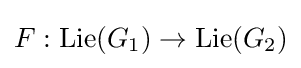
F:\mathrm {Lie} (G_{1})\to \mathrm {Lie} (G_{2})